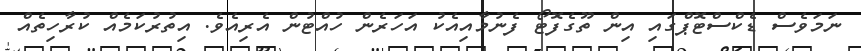
ނަމަވެސް ޑެކްސްޓޮޕްގައި އިން ތޫގެފޮޓޯ ފެނުމާއިއެކު އަހަރެން ހުއްޓުން އެރިއެވެ. އިތުރުކަމެއް ކުރާހިތެއް